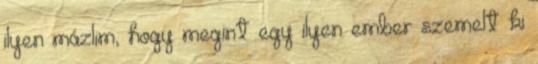
ilyen mázlim, hogy megint egy ilyen ember szemelt ki